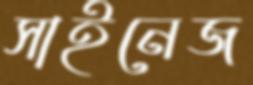
সাইনেজ